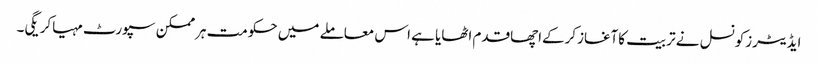
ایڈیٹرزکونسل نے تربیت کاآغازکرکےاچھاقدم اٹھایا ہے اس معاملے میں حکومت ہرممکن سپورٹ مہیاکریگی۔